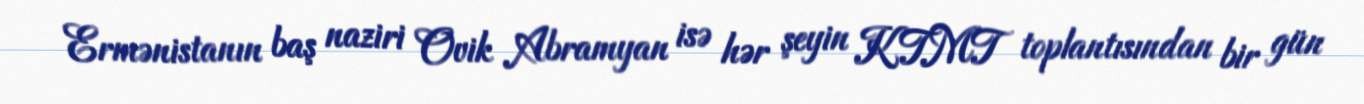
Ermənistanın baş naziri Ovik Abramyan isə hər şeyin KTMT toplantısından bir gün